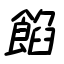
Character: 餡